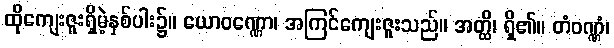
ထိုကျေးဇူးရှိမဲ့နှစ်ပါး၌။ ယောဝဏ္ဏော၊ အကြင်ကျေးဇူးသည်။ အတ္ထိ၊ ရှိ၏။ တံဝဏ္ဏံ၊